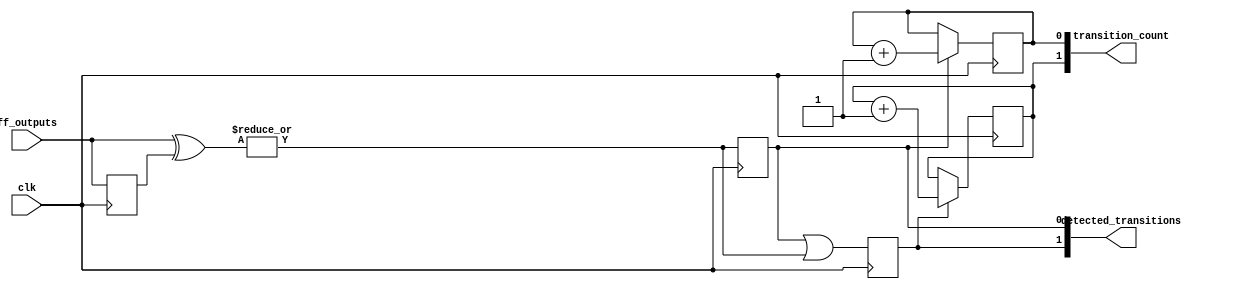
module flip_flop_detector #(
    parameter NUM_FLIP_FLOPS = 4, // Number of flip-flops to monitor
    parameter NUM_UNITS = 2        // Number of cascaded detection units
)(
    input wire clk,                // Clock signal
    input wire [NUM_FLIP_FLOPS-1:0] ff_outputs, // Flip-flop outputs
    output reg [NUM_UNITS-1:0] detected_transitions, // Transition detection signals
    output reg [NUM_UNITS-1:0] transition_count // Transition count for each unit
);

    // Memory blocks for previous states
    reg [NUM_FLIP_FLOPS-1:0] prev_states [0:NUM_UNITS-1]; // Previous states for each unit

    // Initializing transition counts
    integer i;
    initial begin
        for (i = 0; i < NUM_UNITS; i = i + 1) begin
            detected_transitions[i] = 0;
            transition_count[i] = 0;
            prev_states[i] = 0;
        end
    end

    // Detection logic for each cascaded unit
    genvar j;
    generate
        for (j = 0; j < NUM_UNITS; j = j + 1) begin : detection_unit
            always @(posedge clk) begin
                // Detect transitions
                if (j == 0) begin
                    // For the first unit, compare current ff_outputs with its previous states
                    detected_transitions[j] <= |(ff_outputs ^ prev_states[j]);
                end else begin
                    // For subsequent units, use the output of the previous unit
                    detected_transitions[j] <= detected_transitions[j-1] | (|(ff_outputs ^ prev_states[j]));
                end

                // Update transition count
                if (detected_transitions[j]) begin
                    transition_count[j] <= transition_count[j] + 1;
                end

                // Store current state as previous state for next clock cycle
                prev_states[j] <= ff_outputs;
            end
        end
    endgenerate

endmodule